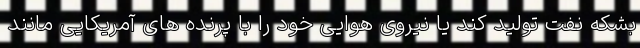
بشکه نفت تولید کند یا نیروی هوایی خود را با پرنده های آمریکایی مانند